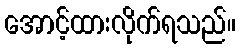
အောင့်ထားလိုက်ရသည်။